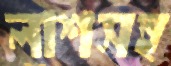
লাশসহ